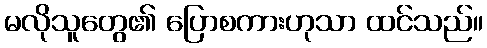
မလိုသူတွေ၏ ပြောစကားဟုသာ ထင်သည်။